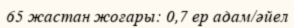
65 жастан жоғары: 0,7 ер адам/әйел